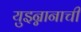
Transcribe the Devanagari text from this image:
युइन्नानाची